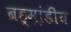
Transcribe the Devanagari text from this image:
ब्रह्म़ा़ंडीय